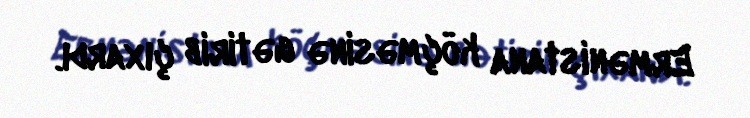
Ermənistana köçməsinə gətirib çıxardı.